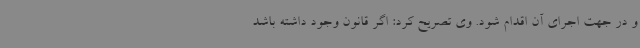
و در جهت اجرای آن اقدام شود. وی تصریح کرد: اگر قانون وجود داشته باشد